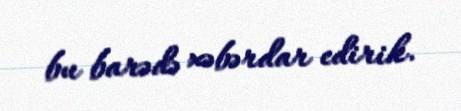
bu barədə xəbərdar edirik.